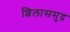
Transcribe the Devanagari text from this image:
शिलासमुद्र